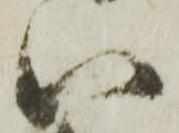
い